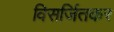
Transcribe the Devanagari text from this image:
विसर्जितकर